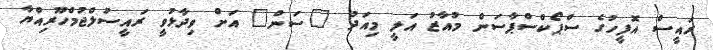
ރައީސް އޮފީހުގެ ސްޕޯކްސްޕާސަން މުއާޒު އަލީ މިއަދު "ސަން" އަށް ވިދާޅުވީ ރައީސުލްޖުމްހޫރިއްޔާ